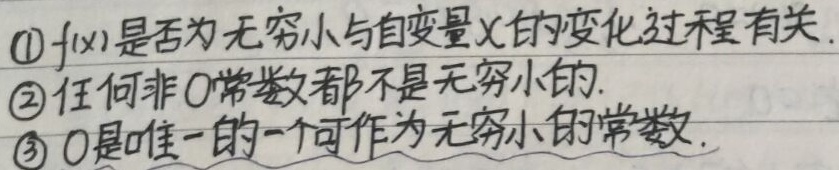
\textcircled{1} \(f(x)\)是否为无穷小与自变量\(x\)的变化过程有关.
\textcircled{2} 任何非\(0\)常数都不是无穷小的.
\textcircled{3} \(0\)是唯一的一个可作为无穷小的常数.